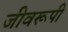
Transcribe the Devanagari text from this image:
जीवरूपी